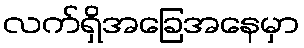
လက်ရှိအခြေအနေမှာ